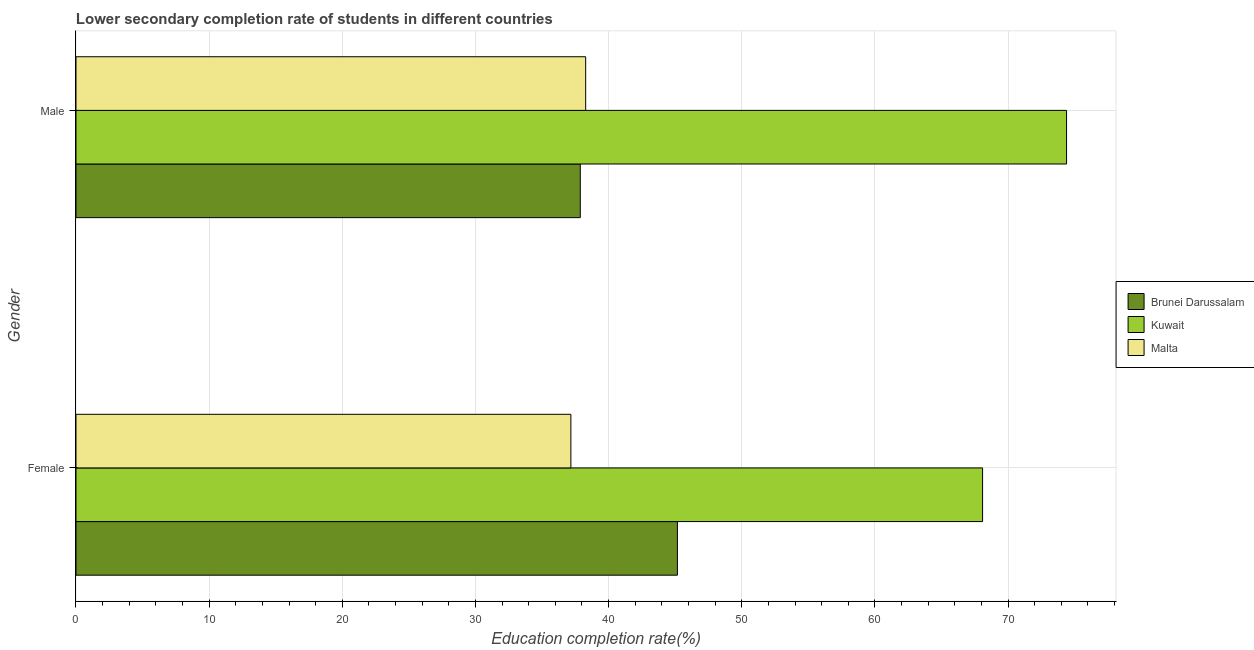
| Gender | Brunei Darussalam | Kuwait | Malta |
 | --- | --- | --- | --- |
 | Female | 45.2 | 68.1 | 37.2 |
 | Male | 37.9 | 74.4 | 38.3 |